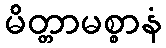
မိတ္တာမစ္စာနံ